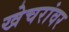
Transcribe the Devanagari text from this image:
खेचरांवर